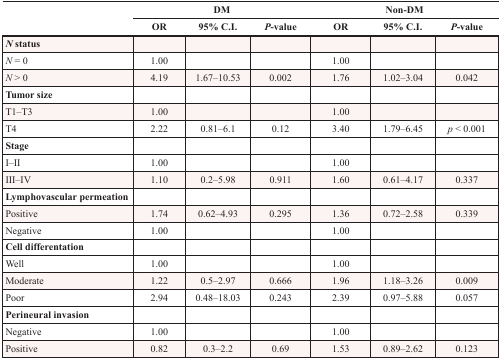
<table><thead><tr><td rowspan="2"></td><td colspan="3"><b>DM</b></td><td colspan="3"><b>Non-DM</b></td></tr><tr><td><b>OR</b></td><td><b>95% C.I.</b></td><td><b><i>P</i>-value</b></td><td><b>OR</b></td><td><b>95% C.I.</b></td><td><b><i>P</i>-value</b></td></tr></thead><tbody><tr><td><b><i>N</i> status</b></td><td></td><td></td><td></td><td></td><td></td><td></td></tr><tr><td><i>N</i> = 0</td><td>1.00</td><td></td><td></td><td>1.00</td><td></td><td></td></tr><tr><td><i>N</i> &gt; 0</td><td>4.19</td><td>1.67–10.53</td><td>0.002</td><td>1.76</td><td>1.02–3.04</td><td>0.042</td></tr><tr><td><b>Tumor size</b></td><td></td><td></td><td></td><td></td><td></td><td></td></tr><tr><td>T1–T3</td><td>1.00</td><td></td><td></td><td>1.00</td><td></td><td></td></tr><tr><td>T4</td><td>2.22</td><td>0.81–6.1</td><td>0.12</td><td>3.40</td><td>1.79–6.45</td><td><i>p</i> &lt; 0.001</td></tr><tr><td><b>Stage</b></td><td></td><td></td><td></td><td></td><td></td><td></td></tr><tr><td>I–II</td><td>1.00</td><td></td><td></td><td>1.00</td><td></td><td></td></tr><tr><td>III–IV</td><td>1.10</td><td>0.2–5.98</td><td>0.911</td><td>1.60</td><td>0.61–4.17</td><td>0.337</td></tr><tr><td><b>Lymphovascular permeation</b></td><td></td><td></td><td></td><td></td><td></td><td></td></tr><tr><td>Positive</td><td>1.74</td><td>0.62–4.93</td><td>0.295</td><td>1.36</td><td>0.72–2.58</td><td>0.339</td></tr><tr><td>Negative</td><td>1.00</td><td></td><td></td><td>1.00</td><td></td><td></td></tr><tr><td><b>Cell differentation</b></td><td></td><td></td><td></td><td></td><td></td><td></td></tr><tr><td>Well</td><td>1.00</td><td></td><td></td><td>1.00</td><td></td><td></td></tr><tr><td>Moderate</td><td>1.22</td><td>0.5–2.97</td><td>0.666</td><td>1.96</td><td>1.18–3.26</td><td>0.009</td></tr><tr><td>Poor</td><td>2.94</td><td>0.48–18.03</td><td>0.243</td><td>2.39</td><td>0.97–5.88</td><td>0.057</td></tr><tr><td><b>Perineural invasion</b></td><td></td><td></td><td></td><td></td><td></td><td></td></tr><tr><td>Negative</td><td>1.00</td><td></td><td></td><td>1.00</td><td></td><td></td></tr><tr><td>Positive</td><td>0.82</td><td>0.3–2.2</td><td>0.69</td><td>1.53</td><td>0.89–2.62</td><td>0.123</td></tr></tbody></table>